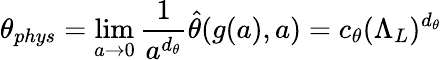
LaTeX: \theta_{phys}=\operatorname*{lim}_{a\to 0}{\frac{1}{a^{d_{\theta}}}}\hat{\theta}(g(a),a)=c_{\theta}(\Lambda_{L})^{d_{\theta}}